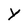
Character: Y